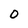
Character: O